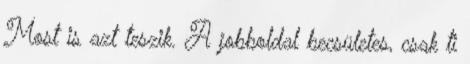
Most is azt teszik. A jobboldal becsületes, csak ti